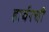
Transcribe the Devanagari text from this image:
हार्बरची